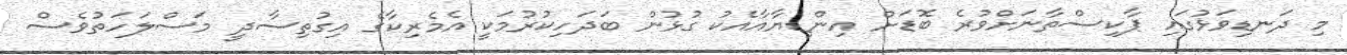
މި ދަނޑިވަޅުގައި ޕާކިސްތާނަށްވުރެ ބޮޑަށް އިންޑިޔާއާއެކު ގުޅުން ބަދަހިކުރުމަކީ އެމެރިކާގެ އިގުތިސާދީ މަސްލަހަތުވެސް